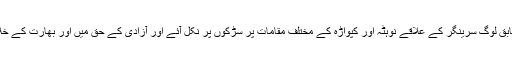
کشمیر میڈیاسروس کے مطابق لوگ سرینگر کے علاقے نوہٹہ اور کپواڑہ کے مختلف مقامات پر سڑکوں پر نکل آئے اور آزادی کے حق میں اور بھارت کے خلاف زبردست نعرے لگائے۔